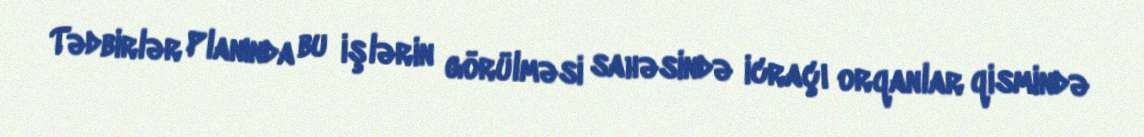
Tədbirlər Planında bu işlərin görülməsi sahəsində icraçı orqanlar qismində